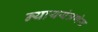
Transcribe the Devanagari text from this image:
न्याययंत्रणेस